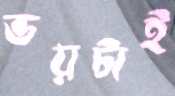
ভয়টাই